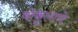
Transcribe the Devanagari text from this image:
वोकूलाने